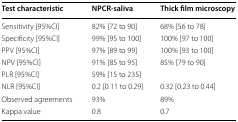
<table><thead><tr><td><b>Test characteristic</b></td><td><b>NPCR-saliva</b></td><td><b>Thick film microscopy</b></td></tr></thead><tbody><tr><td>Sensitivity [95%CI]</td><td>82% [72 to 90]</td><td>68% [56 to 78]</td></tr><tr><td>Specificity [95%CI]</td><td>99% [95 to 100]</td><td>100% [97 to 100]</td></tr><tr><td>PPV [95%CI]</td><td>97% [89 to 99]</td><td>100% [93 to 100]</td></tr><tr><td>NPV [95%CI]</td><td>91% [85 to 95]</td><td>85% [79 to 90]</td></tr><tr><td>PLR [95%CI]</td><td>59% [15 to 235]</td><td>[EMPTY_CELL]</td></tr><tr><td>NLR [95%CI]</td><td>0.2 [0.11 to 0.29]</td><td>0.32 [0.23 to 0.44]</td></tr><tr><td>Observed agreements</td><td>93%</td><td>89%</td></tr><tr><td>Kappa value</td><td>0.8</td><td>0.7</td></tr></tbody></table>